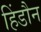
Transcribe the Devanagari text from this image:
हिंडौन